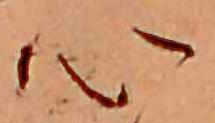
心